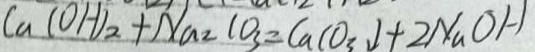
C a ( O H ) _ { 2 } + N a _ { 2 } C O _ { 3 } = C a C O _ { 3 } \downarrow + 2 N a O H